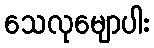
သေလုမျောပါး